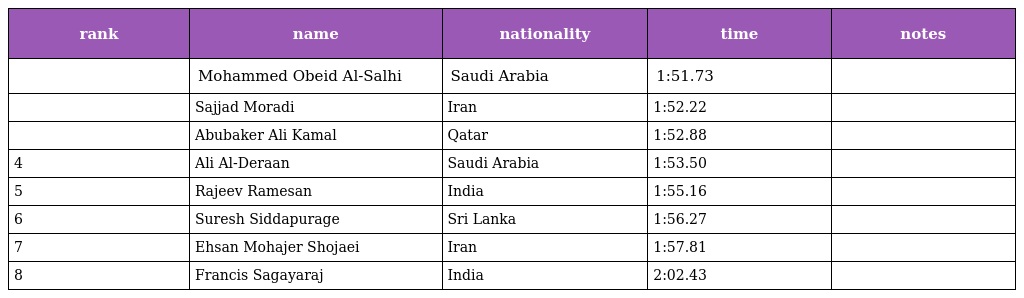
| rank | name | nationality | time | notes |
 | --- | --- | --- | --- | --- |
 |  | Mohammed Obeid Al-Salhi | Saudi Arabia | 1:51.73 |  |
 |  | Sajjad Moradi | Iran | 1:52.22 |  |
 |  | Abubaker Ali Kamal | Qatar | 1:52.88 |  |
 | 4 | Ali Al-Deraan | Saudi Arabia | 1:53.50 |  |
 | 5 | Rajeev Ramesan | India | 1:55.16 |  |
 | 6 | Suresh Siddapurage | Sri Lanka | 1:56.27 |  |
 | 7 | Ehsan Mohajer Shojaei | Iran | 1:57.81 |  |
 | 8 | Francis Sagayaraj | India | 2:02.43 |  |